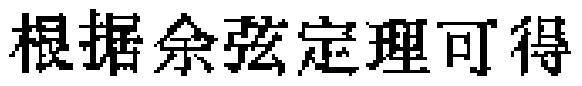
根据余弦定理可得